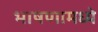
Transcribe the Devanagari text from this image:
भाषणामध्ये